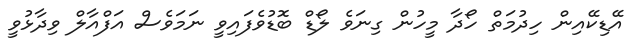
އޭޑިކޭއިން ހިދުމަތް ހޯދާ މީހުން ގިނަވެ ލޯޑް ބޮޑުވެފައިވީ ނަމަވެސް އަފްއާލް ވިދާޅުވީ